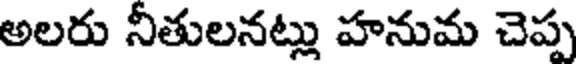
అలరు నీతులనట్లు హనుమ చెప్ప